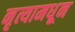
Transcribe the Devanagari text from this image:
नृत्यामधून